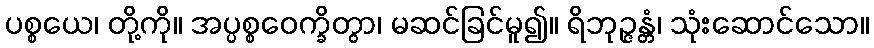
ပစ္စယေ၊ တို့ကို။ အပ္ပစ္စဝေက္ခိတွာ၊ မဆင်ခြင်မူ၍။ ရိဘုဉ္ဇန္တံ၊ သုံးဆောင်သော။